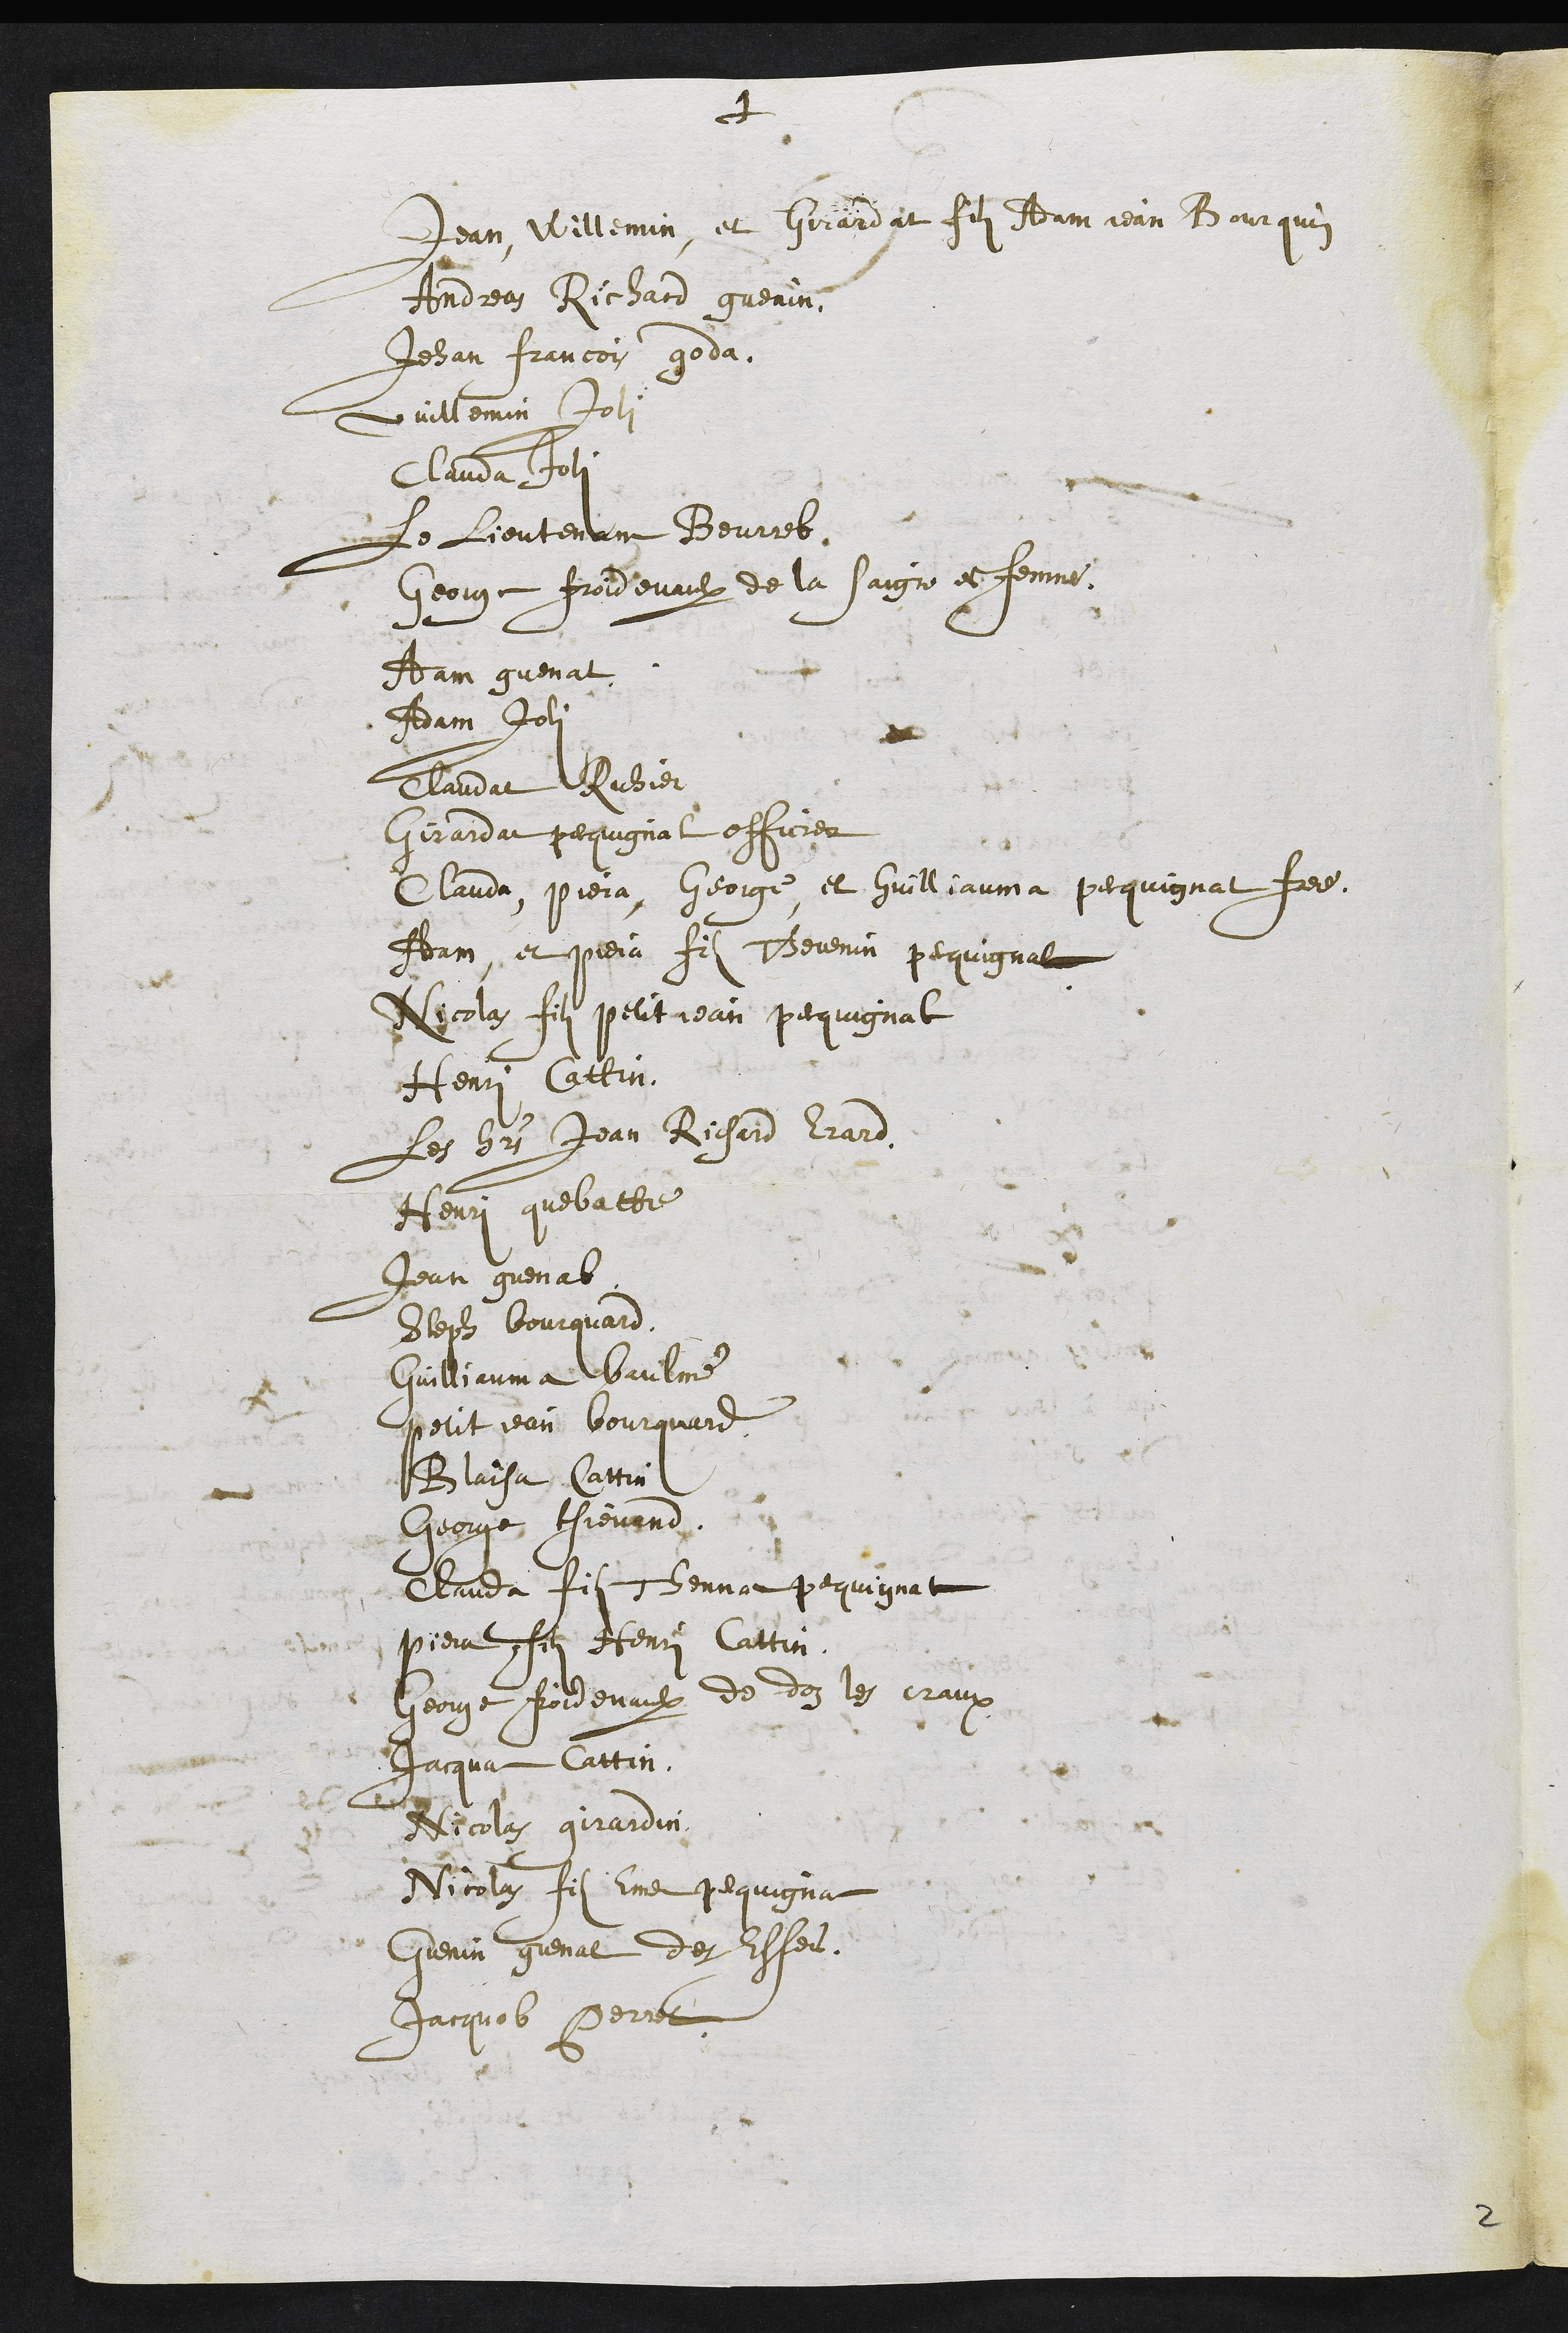
+
Jean Willemin, et Girardat filz Adam jean Bourquin
Andreas Richard guenin
Jehan Francois goda
Vuillemin Joli
Clauda Joli
Le Lieutenant Beurret
George Froidevaulx de la Saigne es femmes
Adam Guenat
Adam Joli
Claudat Ruhier
Girardat pequignat officier
Clauda, Piera, George, et Guilliauma pecquignat frere.
Adam et Piera filz Thevenin pequignat
Nicolas filz petit jean pecquignat
Henri Cattin,
les hoirs Jean Richard Erard
Henry quebatte
Jean guenat
Steph Bourquard
Guilliauma baulme
petit jean bourquard
Blaisa Cattin
George Thievand
Clauda filz Thennat pequignat
piera filz Henry Cattin,
George foidevaulx de doz les craux
Jacqua Cattin
Nicolas girardin
Nicolz fils Emer pequignat
Guenin guenat des Essers.
Jacquob Perret
2